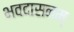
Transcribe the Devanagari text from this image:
भवदासनम्